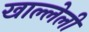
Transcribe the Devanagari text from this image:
खाल्लेली